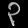
Digit: ၃